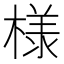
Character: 様